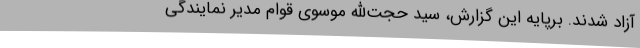
آزاد شدند. برپایه این گزارش، سید حجت‌الله موسوی قوام مدیر نمایندگی